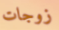
زوجات